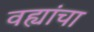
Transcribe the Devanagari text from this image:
वह्यांचा